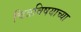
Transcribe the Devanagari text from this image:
चित्रविषयाच्या